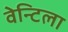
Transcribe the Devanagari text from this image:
वेन्टिला